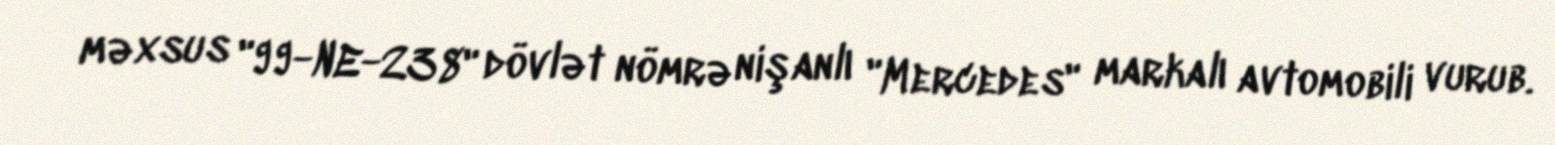
məxsus "99-NE-238" dövlət nömrə nişanlı "Mercedes" markalı avtomobili vurub.